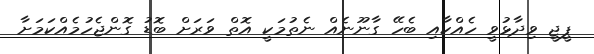
ޕީޖީ ވިދާޅުވީ ހެއްކާއި ބެހޭ ގާނޫނެއް ނެތުމަކީ އޮތް ވަރަށް ބޮޑު ގޮންޖެހުމެއްކަމަށާ